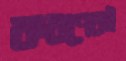
করণেরই